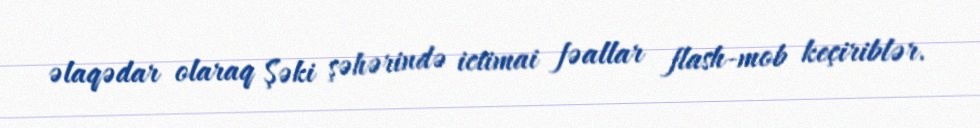
əlaqədar olaraq Şəki şəhərində ictimai fəallar flash-mob keçiriblər.